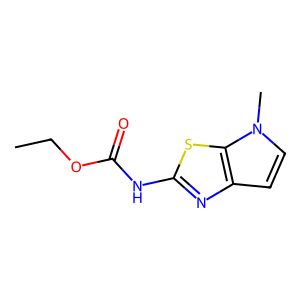
SMILES: CCOC(=O)Nc1nc2ccn(C)c2s1
Inhibits HIV replication: No